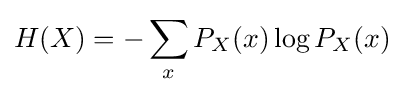
H(X)=-\sum _{x}P_{X}(x)\log P_{X}(x)